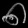
Digit: ၈